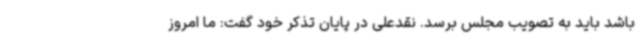
باشد باید به تصویب مجلس برسد. نقدعلی در پایان تذکر خود گفت: ما امروز